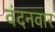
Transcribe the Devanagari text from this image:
वंदनवार